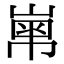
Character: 𡻾